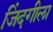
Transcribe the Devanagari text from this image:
जिंदगीला